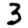
Digit: 3